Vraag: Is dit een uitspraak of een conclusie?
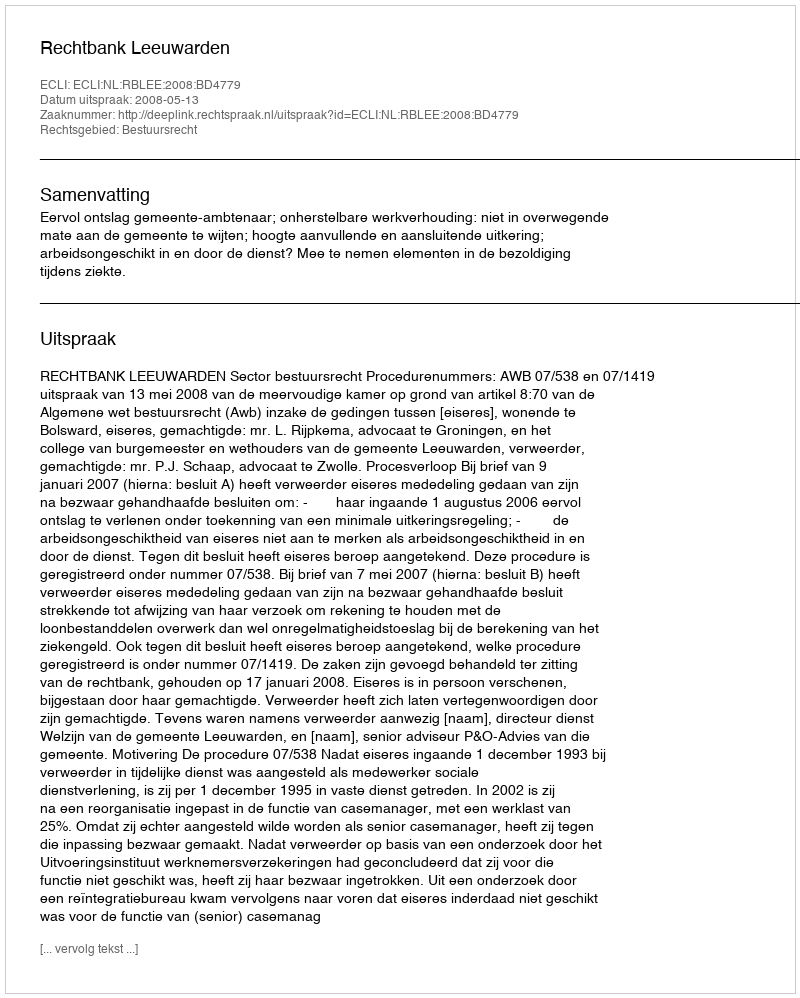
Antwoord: Uitspraak